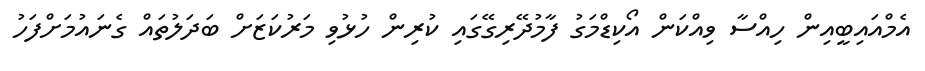
އެމްއައިބީއިން ހިއްސާ ވިއްކަން އޯކިޑްމަގު ފާމުދޭރިގޭގައި ކުރިން ހުޅުވި މަރުކަޒަށް ބަދަލުތައް ގެނައުމަށްފަހު